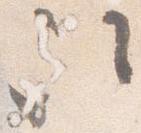
次